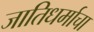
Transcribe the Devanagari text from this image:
जातिधर्माचा